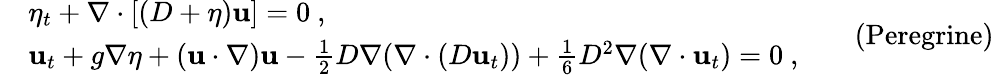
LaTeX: \begin{array}{rl}&{\eta_{t}+\nabla\cdot[(D+\eta)\mathbf{u}]=0\ ,}\\ &{{\mathbf u}_{t}+g\nabla\eta+(\mathbf{u}\cdot\nabla)\mathbf{u}-\frac{1}{2}D\nabla(\nabla\cdot(D\mathbf{u}_{t}))+\frac{1}{6}D^{2}\nabla(\nabla\cdot\mathbf{u}_{t})=0\ ,}\end{array}\qquad\mathrm{(Peregrine)}